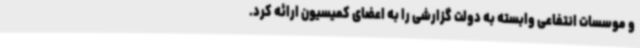
و موسسات انتفاعی وابسته به دولت گزارشی را به اعضای کمیسیون ارائه کرد.